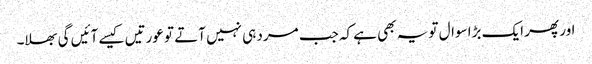
اور پھر ایک بڑا سوال تو یہ بھی ہے کہ جب مرد ہی نہیں آتے تو عورتیں کیسے آئیں گی بھلا۔